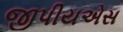
જીપીયએસ